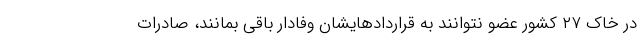
در خاک ۲۷ کشور عضو نتوانند به قراردادهایشان وفادار باقی بمانند، صادرات